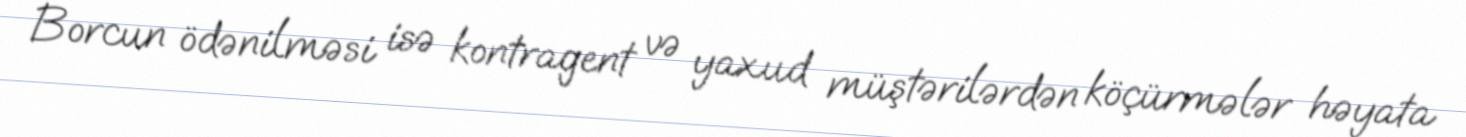
Borcun ödənilməsi isə kontragent və yaxud müştərilərdən köçürmələr həyata